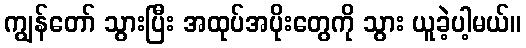
ကျွန်တော် သွားပြီး အထုပ်အပိုးတွေကို သွား ယူခဲ့ပါ့မယ်။